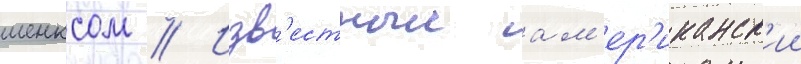
шенксом // Изв'естныи ам'ер'иканск'ии